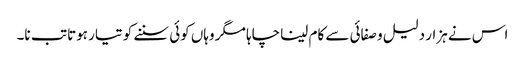
اس نے ہزار دلیل و صفائی سے کام لینا چاہا مگر وہاں کوئی سننے کو تیار ہوتا تب نا۔